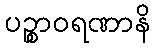
ပဉ္စာဝရဏာနိ